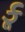
કૂ